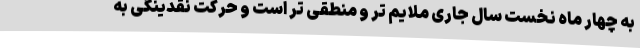
به چهار ماه نخست سال جاری ملایم تر و منطقی تر است و حرکت نقدینگی به